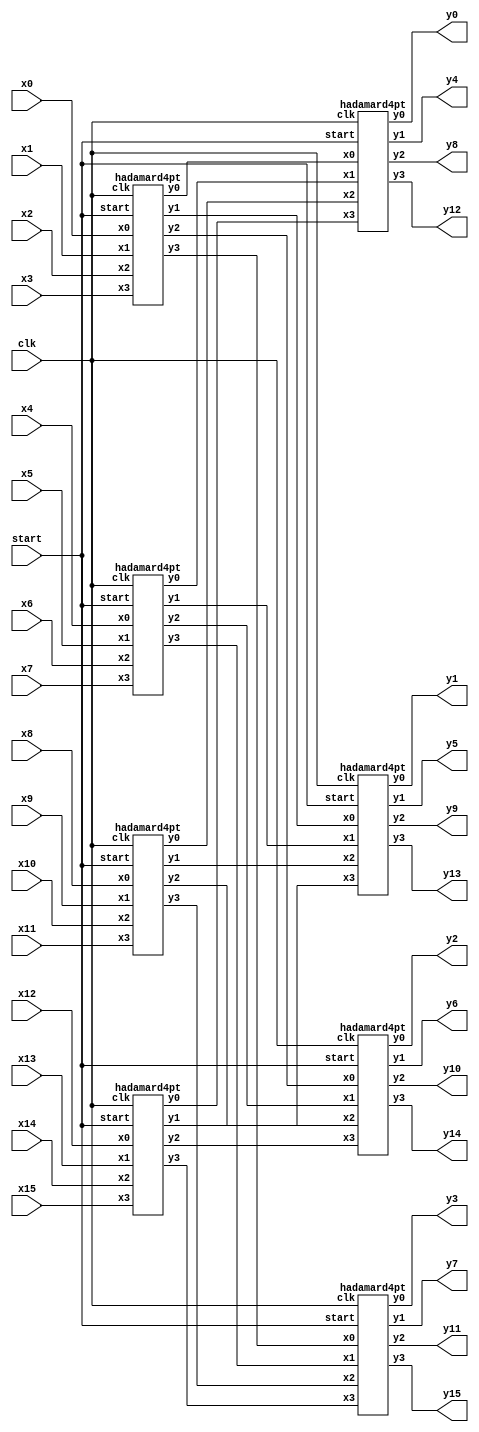
`timescale 1ns / 1ps
//////////////////////////////////////////////////////////////////////////////////
// Company: 
// Engineer: 
// 
// Design Name: 
// Module Name:    hadamard16pt 
// Project Name: 
// Target Devices: 
// Tool versions: 
// Description: 
//
// Dependencies: 
//
// Revision: 
// Revision 0.01 - File Created
// Additional Comments: 
//
//////////////////////////////////////////////////////////////////////////////////
module hadamard16pt(clk,start,x0,x1,x2,x3,x4,x5,x6,x7,x8,x9,x10,x11,x12,x13,x14,x15,y0,y1,y2,y3,y4,y5,y6,y7,y8,y9,y10,y11,y12,y13,y14,y15);

input clk;
input start;

input signed [8:0] x0,x1,x2,x3,x4,x5,x6,x7,x8,x9,x10,x11,x12,x13,x14,x15;
output signed [8:0] y0,y1,y2,y3,y4,y5,y6,y7,y8,y9,y10,y11,y12,y13,y14,y15;

wire signed [8:0] p0,p1,p2,p3,p4,p5,p6,p7,p8,p9,p10,p11,p12,p13,p14,p15;


hadamard4pt in1 (clk,start,x0,x1,x2,x3,p0,p1,p2,p3);
hadamard4pt in2 (clk,start,x4,x5,x6,x7,p4,p5,p6,p7);
hadamard4pt in3 (clk,start,x8,x9,x10,x11,p8,p9,p10,p11);
hadamard4pt in4 (clk,start,x12,x13,x14,x15,p12,p13,p14,p15);

hadamard4pt out1 (clk,start,p0,p4,p8,p12,y0,y4,y8,y12);
hadamard4pt out2 (clk,start,p1,p5,p9,p13,y1,y5,y9,y13);
hadamard4pt out3 (clk,start,p2,p6,p10,p14,y2,y6,y10,y14);
hadamard4pt out4 (clk,start,p3,p7,p11,p15,y3,y7,y11,y15);

endmodule


module hadamard4pt(clk,start,x0,x1,x2,x3,y0,y1,y2,y3);

input clk;
input start;
input signed [8:0] x0,x1,x2,x3;
output signed [8:0] y0,y1,y2,y3;

wire signed [8:0] a0,a1,a2,a3;

addersubtractor1 as1 (clk,start,x0,x1,x2,x3,a0,a1,a2,a3);
addersubtractor2 as2 (clk,start,a0,a1,a2,a3,y0,y1,y2,y3);

endmodule
module addersubtractor1(clk,start,x0,x1,x2,x3,y0,y1,y2,y3);
input clk;
input start;
input signed [8:0] x0,x1,x2,x3;
output reg signed [8:0] y0,y1,y2,y3;

always@(posedge clk)
begin
	if(start)
		begin
			y0 <= $signed(x0)+$signed(x1);
			y1 <= $signed(x2)+$signed(x3);
			y2 <= $signed(x0)-$signed(x1);
			y3 <= $signed(x2)-$signed(x3);
		end
end

endmodule


module addersubtractor2(clk,start,x0,x1,x2,x3,y0,y1,y2,y3);
input clk;
input start;
input signed [8:0] x0,x1,x2,x3;
output reg signed [8:0] y0,y1,y2,y3;

always@(posedge clk)
begin
	if(start)
		begin
			y0 <= $signed(x0)+$signed(x1);
			y1 <= $signed(x2)+$signed(x3);
			y2 <= $signed(x0)-$signed(x1);
			y3 <= $signed(x2)-$signed(x3);
		end
end

endmodule